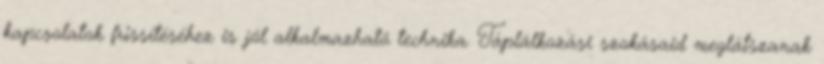
kapcsolatok frissítéséhez is jól alkalmazható technika. Táplálkozási szokásaid meglátszanak